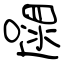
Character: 嚃